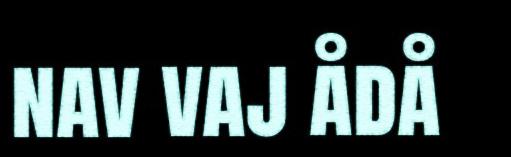
nav vaj ådå